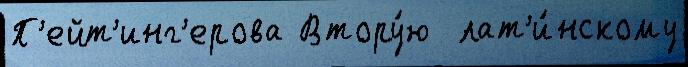
П'ейт'инг'ерова Втору́ю  лат'и́нскому